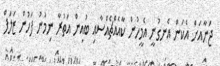
ޖަނާއަށް އެކަން އެނގުނީ އެމީހުން ކާއެއްޗެއްސާއި ބުއިން އަތުރާ ނިމުނު ފަހުން ޒަލަފް